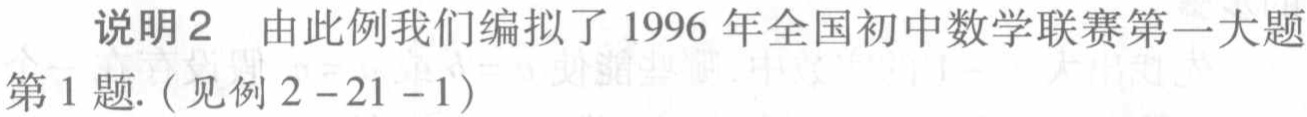
说明2 由此例我们编拟了1996年全国初中数学联赛第一大题第1题.（见例2 - 21 - 1）